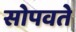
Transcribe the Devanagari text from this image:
सोपवते